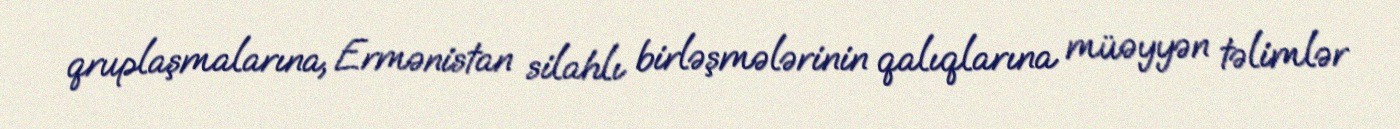
qruplaşmalarına, Ermənistan silahlı birləşmələrinin qalıqlarına müəyyən təlimlər